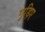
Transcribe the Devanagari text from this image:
गुड़िए